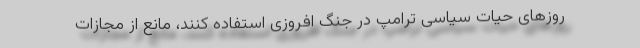
روزهای حیات سیاسی ترامپ در جنگ افروزی استفاده کنند، مانع از مجازات